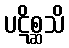
ပဋိစ္ဆသိ